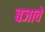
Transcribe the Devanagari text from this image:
बजावे